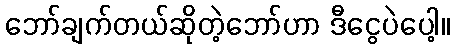
ဘော်ချက်တယ်ဆိုတဲ့ဘော်ဟာ ဒီငွေပဲပေါ့။